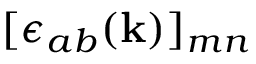
[ \epsilon _ { a b } ( \mathbf { k } ) ] _ { m n }